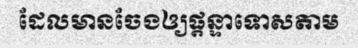
ដែលមានចែងឲ្យផ្តន្ទាទោសតាម